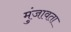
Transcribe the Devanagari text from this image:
मुंजावता